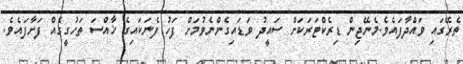
ތެރޭގައި ވައްދާފައެވެ.މެނޭޖިން ޑިރެކްޓަރަކަށް ސައީދު ވަޑައިގެންނެވުމަށް ފަހު ފެނަކައިގެ ޚާއްސަ ތަހުގީގެއް ފަށާފައެވެ.